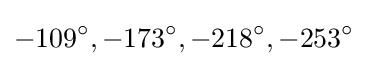
-109^{\circ },-173^{\circ },-218^{\circ },-253^{\circ }